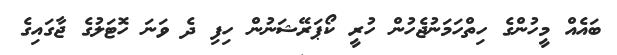
ބައެއް މީހުންގެ ހިތްހަމަނުޖެހުން ހުރީ ކޯޕަރޭޝަނުން ހިފި ދެ ވަނަ ހޮޓަލުގެ ޖާގައިގެ